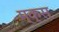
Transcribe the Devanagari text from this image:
म्क्स